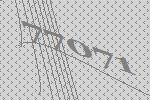
77071